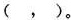
( ， )。